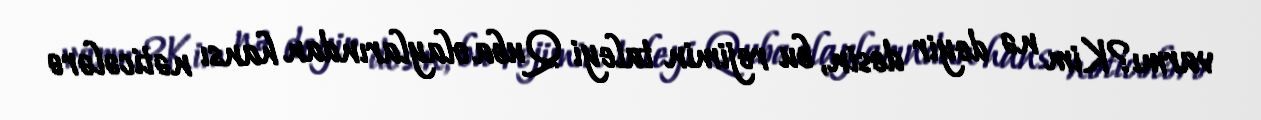
varmı?Kim nə deyir desin, bu rejimin taleyi Quba olaylarından hansı nəticələrə